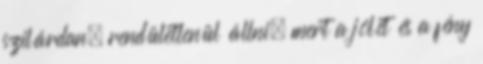
szilárdan, rendületlenül állni, mert a jólét és a fény